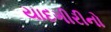
યાદગીરીનો